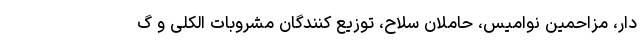
دار، مزاحمین نوامیس، حاملان سلاح، توزیع کنندگان مشروبات الکلی و گ